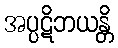
အပ္ပဋိဘယန္တိ